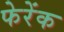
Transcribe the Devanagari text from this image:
फेरेंक